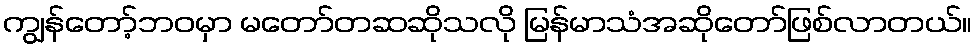
ကျွန်တော့်ဘဝမှာ မတော်တဆဆိုသလို မြန်မာသံအဆိုတော်ဖြစ်လာတယ်။